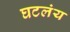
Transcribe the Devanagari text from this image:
घटलंय